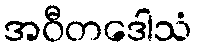
အဝီတဒေါသံ